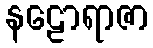
နဠောရာဇာ